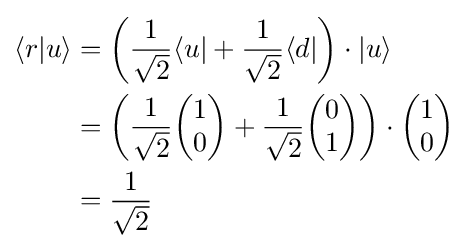
{\begin{aligned}\langle r|u\rangle &=\left({\frac {1}{\sqrt {2}}}\langle u|+{\frac {1}{\sqrt {2}}}\langle d|\right)\cdot |u\rangle \\&=\left({\frac {1}{\sqrt {2}}}{\begin{pmatrix}1\\0\end{pmatrix}}+{\frac {1}{\sqrt {2}}}{\begin{pmatrix}0\\1\end{pmatrix}}\right)\cdot {\begin{pmatrix}1\\0\end{pmatrix}}\\&={\frac {1}{\sqrt {2}}}\end{aligned}}